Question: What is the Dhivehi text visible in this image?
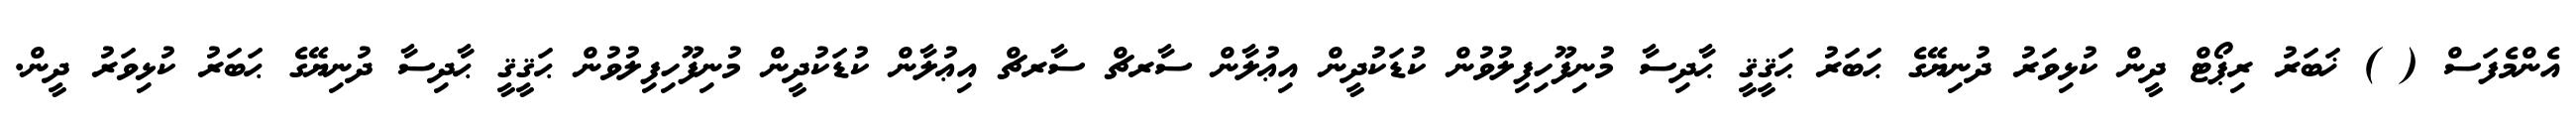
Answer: އެންމެފަސް ( ) ޚަބަރު ރިޕޯޓް ދީން ކުޅިވަރު ދުނިޔޭގެ ޙަބަރު ޙަޤީޤީ ޙާދިސާ މުނިފޫހިފިލުވުން ކުޑަކުދީން އިޢުލާން ސާރޗް ސާރޗް އިޢުލާން ކުޑަކުދީން މުނިފޫހިފިލުވުން ޙަޤީޤީ ޙާދިސާ ދުނިޔޭގެ ޙަބަރު ކުޅިވަރު ދީން.